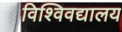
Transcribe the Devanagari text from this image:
विश्विवद्यालय